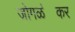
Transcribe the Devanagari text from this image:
जोगळ॓कर